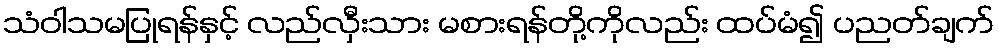
သံဝါသမပြုရန်နှင့် လည်လှီးသား မစားရန်တို့ကိုလည်း ထပ်မံ၍ ပညတ်ချက်